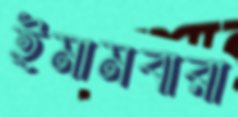
ইমামবারা